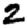
Digit: 2